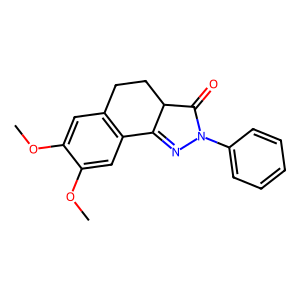
SMILES: COc1cc2c(cc1OC)C1=NN(c3ccccc3)C(=O)C1CC2
Inhibits HIV replication: No